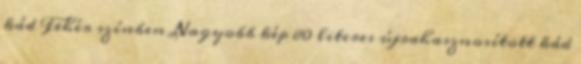
kád Fehér színben Nagyobb kép 80 literes újrahasznosított kád